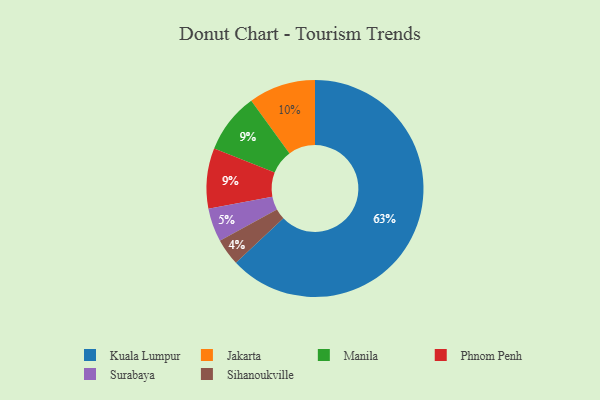
{"axis": {"x": "Category", "y": "Percentage"}, "legend": ["Jakarta", "Kuala Lumpur", "Manila", "Phnom Penh", "Sihanoukville", "Surabaya"], "data": [{"x": "Kuala Lumpur", "y": 63, "type": "Kuala Lumpur"}, {"x": "Surabaya", "y": 5, "type": "Surabaya"}, {"x": "Sihanoukville", "y": 4, "type": "Sihanoukville"}, {"x": "Manila", "y": 9, "type": "Manila"}, {"x": "Jakarta", "y": 10, "type": "Jakarta"}, {"x": "Phnom Penh", "y": 9, "type": "Phnom Penh"}]}